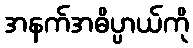
အနက်အဓိပ္ပာယ်ကို